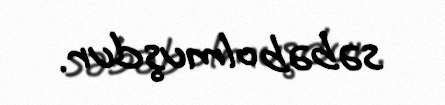
səbəb olmuşdur.